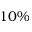
1 0 \%